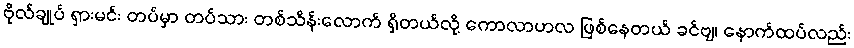
ဗိုလ်ချုပ် ရှားမင်း တပ်မှာ တပ်သား တစ်သိန်းလောက် ရှိတယ်လို့ ကောလာဟလ ဖြစ်နေတယ် ခင်ဗျ၊ နောက်ထပ်လည်း